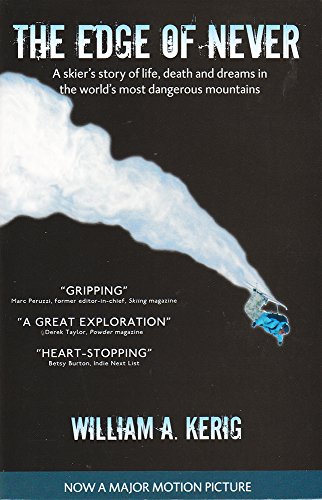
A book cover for The Edge of Never: A Skier's Story of Life, Death, and Dreams in the World's Most Dangerous Mountains; William A. Kerig; Sports & Outdoors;